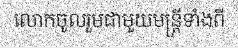
លោកចូលរួមជាមួយមន្ត្រីទាំងពី